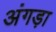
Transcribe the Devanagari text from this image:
अंगड़ा